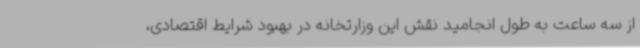
از سه ساعت به طول انجامید نقش این وزارتخانه در بهبود شرایط اقتصادی،‌